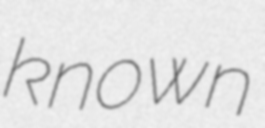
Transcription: known